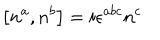
LaTeX: \left[ n ^ { a } , n ^ { b } \right] = i \epsilon ^ { a b c } n ^ { c }